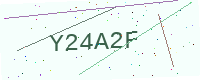
Text: Y24A2F